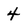
Character: 4